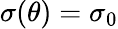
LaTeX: \sigma(\theta)=\sigma_{0}